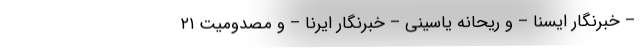
– خبرنگار ایسنا – و ریحانه یاسینی – خبرنگار ایرنا – و مصدومیت ۲۱